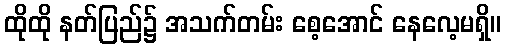
ထိုထို နတ်ပြည်၌ အသက်တမ်း စေ့အောင် နေလေ့မရှိ။